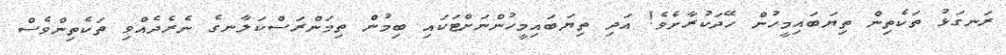
ރަނގަޅު ތަކެތިން ތިޔަބައިމީހުން ހޭދަކުރާށެވެ! އަދި ތިޔަބައިމީހުންނަށްޓަކައި ބިމުން ތިމަންރަސްކަލާނގެ ނެރެދެއްވި ތަކެތިންވެސް